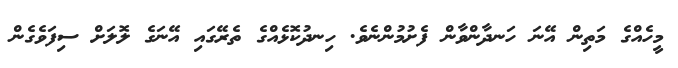
މީހެއްގެ މަތިން އޭނަ ހަނދާންވާން ފެށުމުންނެވެ. ހިނދުކޮޅެއްގެ ތެރޭގައި އޭނަގެ ލޮލަށް ސިފަވެގެން